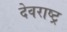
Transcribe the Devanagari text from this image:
देवराष्ट्र